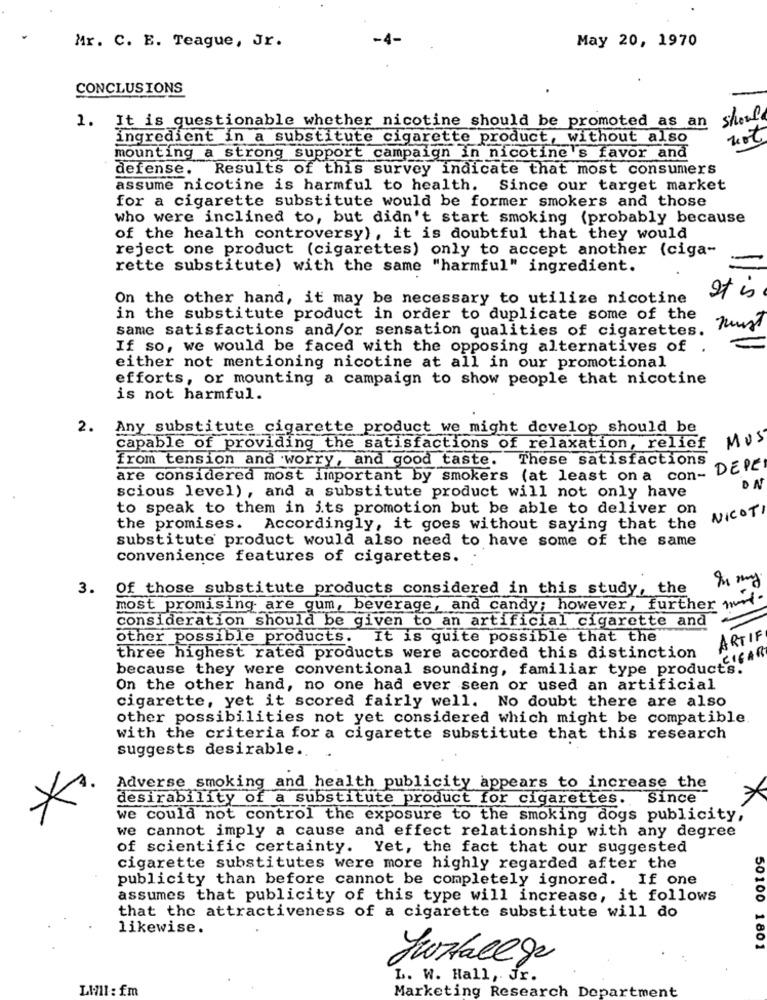
Mr. C. E. Teague, Jr.
May 20, 1970
CONCLUSIONS
1. It is questionable whether nicotine should be promoted as an
should
ingredient in a substitute cigarette product, without also
not
mounting a strong support campaign in nicotine's favor and
defense. Results of this survey indicate that most consumers
assume nicotine is harmful to health. Since our target market
for a cigarette substitute would be former smokers and those
who were inclined to, but didn't start smoking (probably because
of the health controversy), it is doubtful that they would
reject one product (cigarettes) only to accept another (ciga-
rette substitute) with the same "harmful" ingredient.
On the other hand, it may be necessary to utilize nicotine
It is
in the substitute product in order to duplicate some of the
same satisfactions and/or sensation qualities of cigarettes.
must
If so, we would be faced with the opposing alternatives of .
either not mentioning nicotine at all in our promotional
efforts, or mounting a campaign to show people that nicotine
is not harmful.
2. Any substitute cigarette product we might develop should be
MUS
capable of providing the satisfactions of relaxation, relief
from tension and worry, and good taste. These satisfactions
DEPEI
are considered most important by smokers (at least on a con-
DA
scious level), and a substitute product will not only have
to speak to them in its promotion but be able to deliver on
NICOTI
the promises. Accordingly, it goes without saying that the
substitute product would also need to have some of the same
convenience features of cigarettes.
3. Of those substitute products considered in this study, the
most promising are gum, beverage, and candy; however, further wo
consideration should be given to an artificial cigarette and
other possible products. It is quite possible that the
ARTIF
three highest rated products were accorded this distinction
CIGAR
because they were conventional sounding, familiar type products.
On the other hand, no one had ever seen or used an artificial
cigarette, yet it scored fairly well. No doubt there are also
other possibilities not yet considered which might be compatible.
with the criteria for a cigarette substitute that this research
suggests desirable ..
Adverse smoking and health publicity appears to increase the
desirability of a substitute product for cigarettes. Since
we could not control the exposure to the smoking dogs publicity,
we cannot imply a cause and effect relationship with any degree
of scientific certainty. Yet, the fact that our suggested
cigarette substitutes were more highly regarded after the
publicity than before cannot be completely ignored. If one
assumes that publicity of this type will increase, it follows
that the attractiveness of a cigarette substitute will do
likewise.
50100 1801
Justallge
L. W. Hall, Jr.
Lill : fm
Marketing Research Department